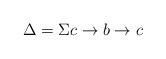
LaTeX: \begin{align*} \Delta = \Sigma c \rightarrow b \rightarrow c\end{align*}